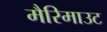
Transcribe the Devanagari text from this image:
मैरिमाउट